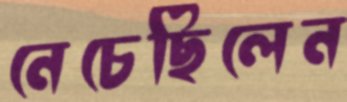
নেচেছিলেন